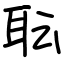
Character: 耺